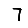
Digit: 7